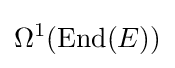
\Omega ^{1}(\operatorname {End} (E))